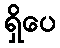
ရှိပေ